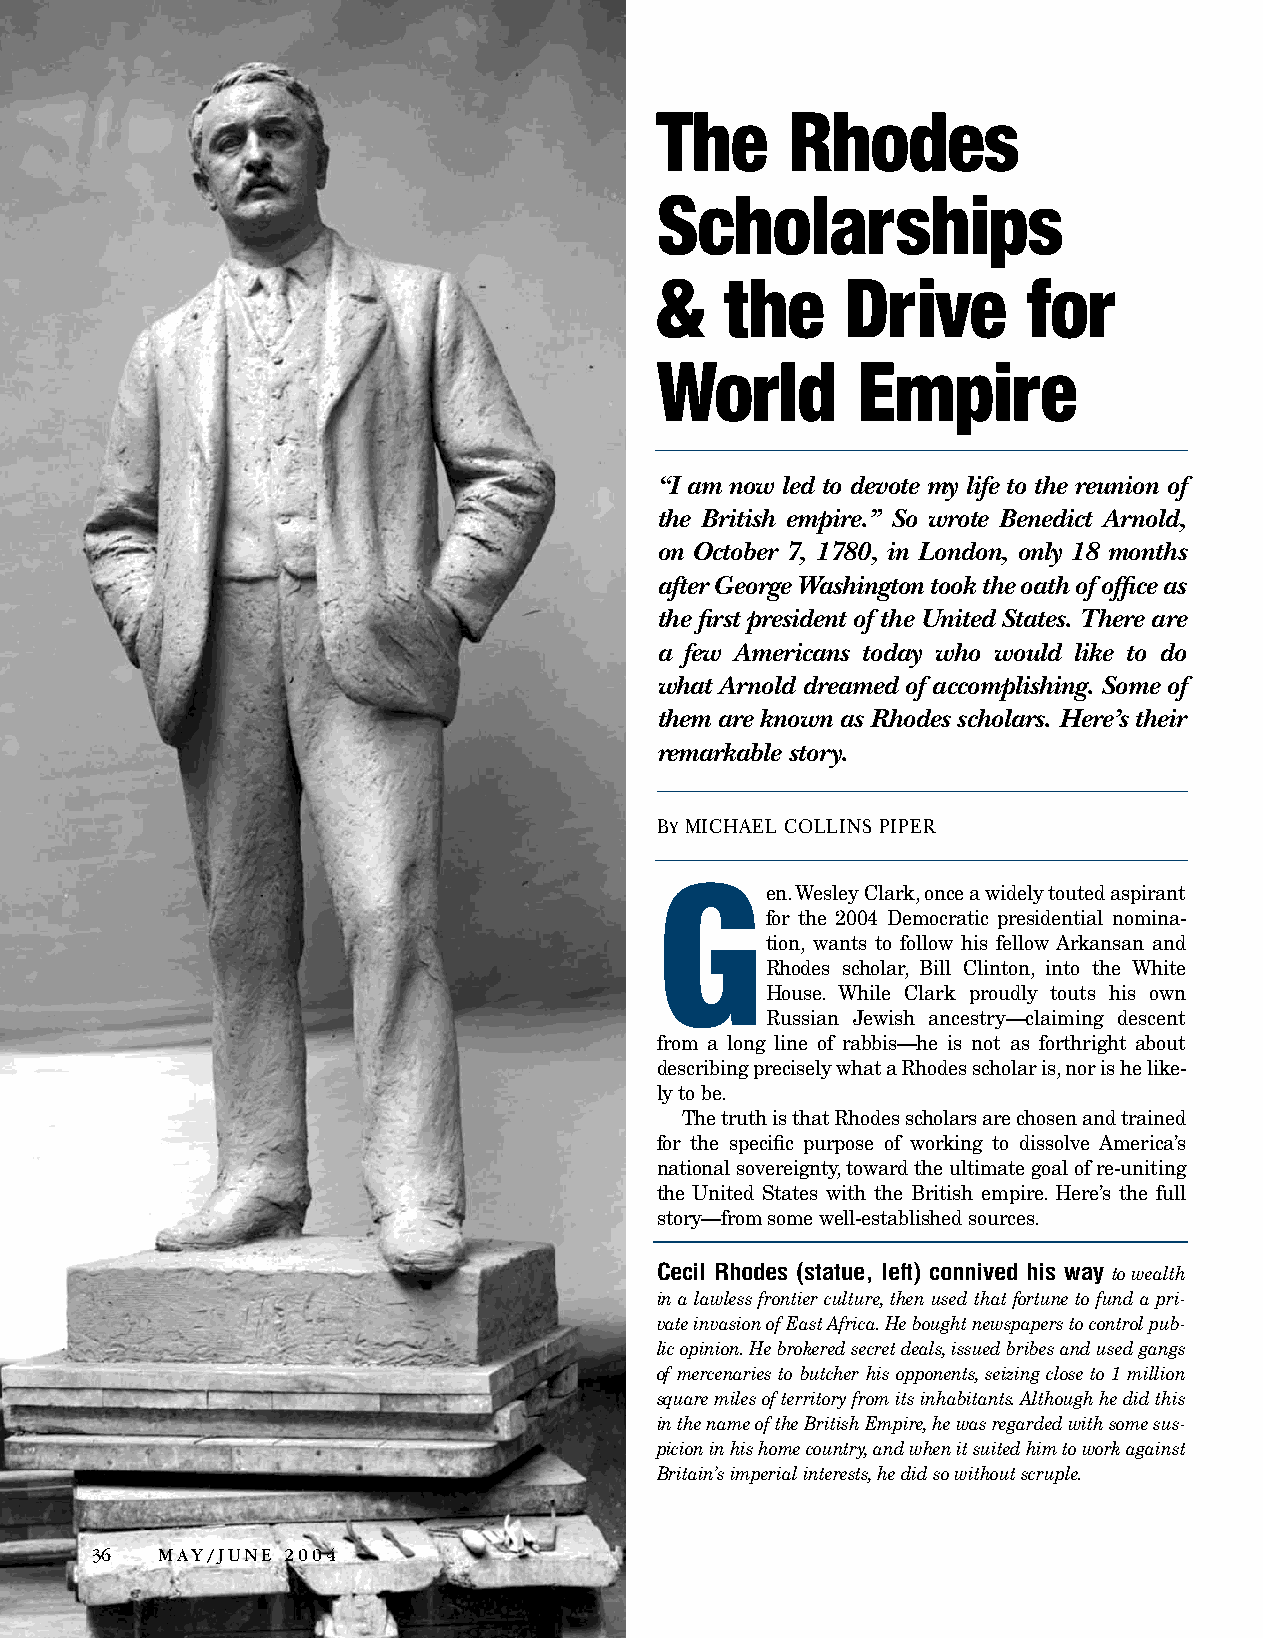
The      Rhodes
 Scholarships
 &    the     Drive       for
 World         Empire
 “I am now led to devote my life to the reunion of
 the British empire.” So wrote Benedict Arnold,
 on October 7, 1780, in London, only 18 months
 after George Washington took the oath of office as
 the first president of the United States. There are
 a few Americans today who would like to do
 what Arnold dreamed of accomplishing. Some of
 them are known as Rhodes scholars. Here’s their
 remarkable story.
 BGY MICHAEL COLLINS PIPER
 en. Wesley Clark, once a widely touted aspirant
 for the 2004 Democratic presidential nomina-
 tion, wants to follow his fellow Arkansan and
 Rhodes scholar, Bill Clinton, into the White
 House. While Clark proudly touts his own
 Russian Jewish ancestry—claiming descent
 from a long line of rabbis—he is not as forthright about
 describing precisely what a Rhodes scholar is, nor is he like-
 ly to be.
 The truth is that Rhodes scholars are chosen and trained
 for the specific purpose of working to dissolve America’s
 national sovereignty, toward the ultimate goal of re-uniting
 the United States with the British empire. Here’s the full
 story—from some well-established sources.
 Cecil Rhodes (statue, left) connived his way
 to wealth
 in a lawless frontier culture, then used that fortune to fund a pri-
 vate invasion of East Africa. He bought newspapers to control pub-
 lic opinion. He brokered secret deals, issued bribes and used gangs
 of mercenaries to butcher his opponents, seizing close to 1 million
 square miles of territory from its inhabitants. Although he did this
 in the name of the British Empire, he was regarded with some sus-
 picion in his home country, and when it suited him to work against
 Britain’s imperial interests, he did so without scruple.
 36   MAY/JUNE 2004